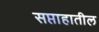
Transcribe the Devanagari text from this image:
सप्ताहातील